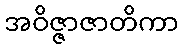
အဝိဇ္ဇာဇာတိကာ